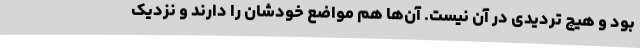
بود و هیچ تردیدی در آن نیست. آن‌ها هم مواضع خودشان را دارند و نزدیک